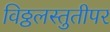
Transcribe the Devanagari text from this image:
विठ्ठलस्तुतीपर